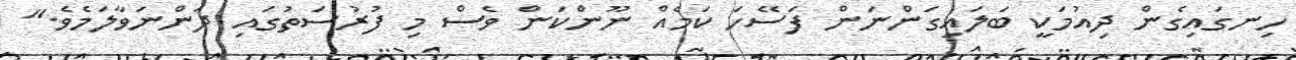
ހިނގައިގެން ދިއުމަކީ ބަލައިގަންނަން ފަސޭހަ ކަމެއް ނޫންކަން ވެސް މި ފުރުސަތުގައި ދަންނަވާލަމެވެ."